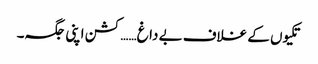
تکیوں کے غلاف بے داغ……کشن اپنی جگہ۔